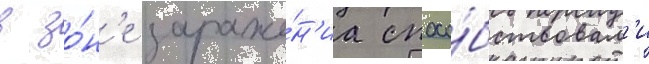
в зо́н'е зараже́н'иа спосо́бствовал'и